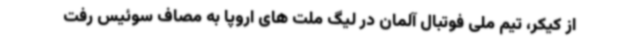
از کیکر، تیم ملی فوتبال آلمان در لیگ ملت های اروپا به مصاف سوئیس رفت